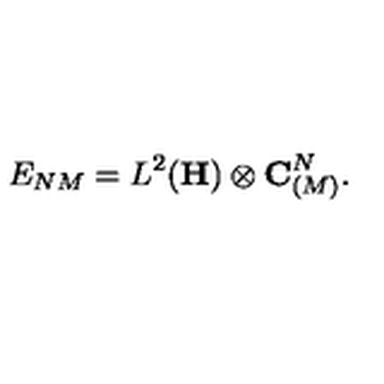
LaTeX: E _ { N M } = L ^ { 2 } ( { \bf H } ) \otimes { \bf C } _ { ( M ) } ^ { N } .